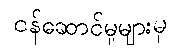
ဝန်ဆောင်မှုများမှ